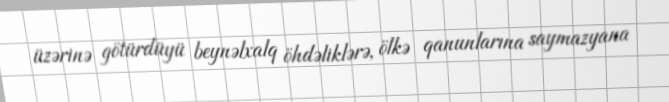
üzərinə götürdüyü beynəlxalq öhdəliklərə, ölkə qanunlarına saymazyana